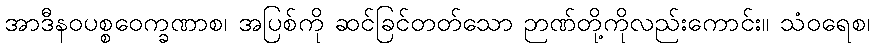
အာဒီနဝပစ္စဝေက္ခဏာစ၊ အပြစ်ကို ဆင်ခြင်တတ်သော ဉာဏ်တို့ကိုလည်းကောင်း။ သံဝရေစ၊